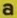
a